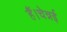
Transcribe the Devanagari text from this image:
हैं।चेन्नई